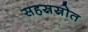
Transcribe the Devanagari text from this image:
सहस्रस्रोत